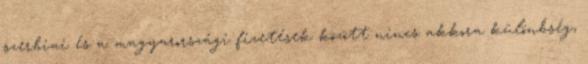
szer­biai és a magyarországi fizetések között nincs akkora különbség,